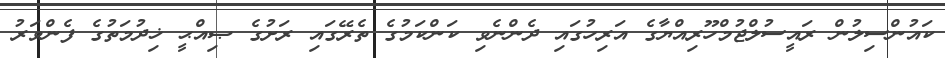
ކައުންސިލުން ރައީސުލްޖުމްހޫރިއްޔާގެ އަރިހުގައި ދެންނެވި ކަންކަމުގެ ތެރޭގައި ރަށުގެ ޞިއްޙީ ޚިދުމަތުގެ ފެންވަރު